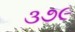
૩૭૯